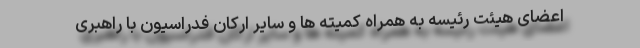
اعضای هیئت رئیسه به همراه کمیته ها و سایر ارکان فدراسیون با راهبری